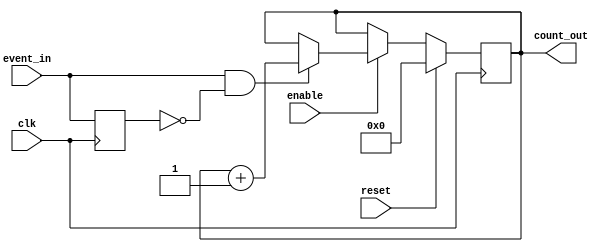
module event_triggered_counter (
    input wire clk,            // Clock signal
    input wire reset,          // Active high reset signal
    input wire enable,         // Active high enable signal
    input wire event_in,       // Event signal to trigger counting
    output reg [7:0] count_out // 8-bit count output (adjust width as needed)
);

    // Internal signal for edge detection
    reg event_in_prev;

    // Synchronous process
    always @(posedge clk) begin
        // Handle reset
        if (reset) begin
            count_out <= 8'b0; // Reset count to zero
        end else if (enable) begin
            // Detect rising edge of event_in
            if (event_in && !event_in_prev) begin
                // Increment count if event_in rises and enable is high
                count_out <= count_out + 1;
            end
        end
        // Store the previous state of event_in for edge detection
        event_in_prev <= event_in;
    end

endmodule